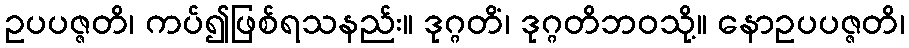
ဥပပဇ္ဇတိ၊ ကပ်၍ဖြစ်ရသနည်း။ ဒုဂ္ဂတိံ၊ ဒုဂ္ဂတိဘဝသို့။ နောဥပပဇ္ဇတိ၊